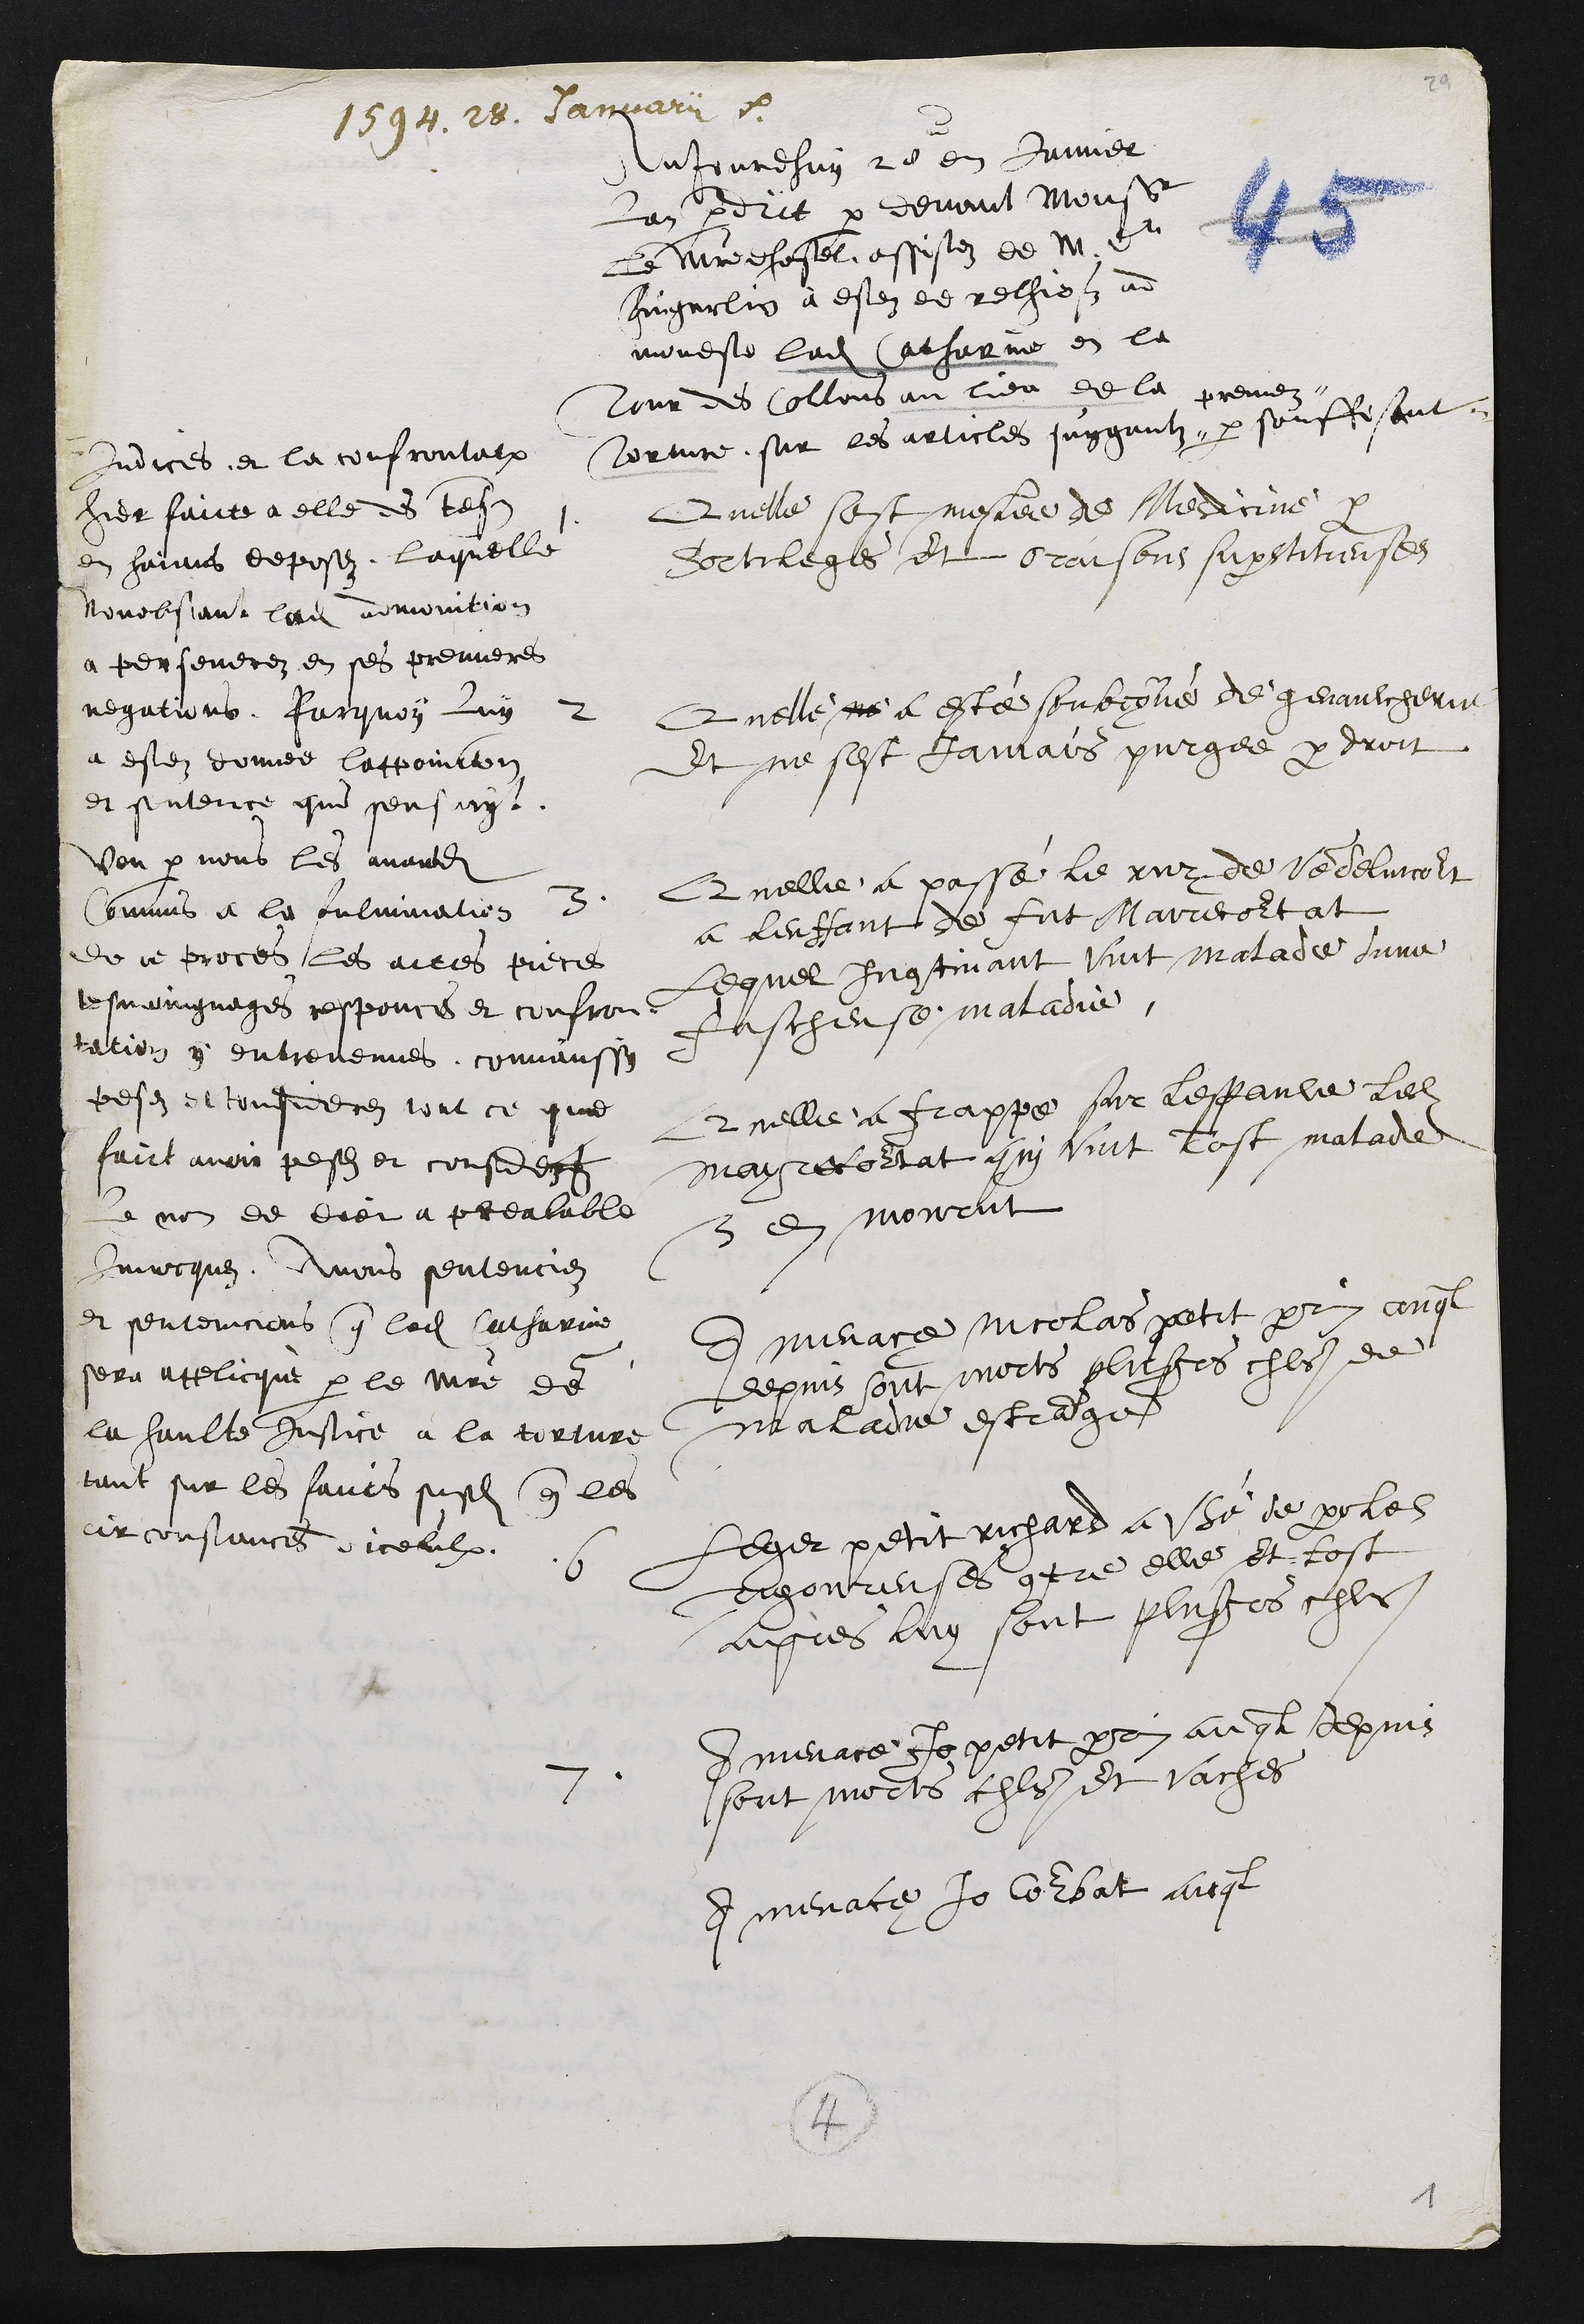
1594. 28. Januarii
Aujourdhuy 28 en Janvier
Lan predict par devant Monsieur
Le Maitre dhostel assistez de M. Dr
Fingerlin à estez de rechiefz ad
monesté ladite Catharine en la
Tour des Collons au lieu de la
torture sur les articles suygantz #
preuvez #
par souffisant
Indices et la confrontat
hier faicte a elle des tesmoins
en haians deposez, laquelle
nonobstant ladite amonition
a perseverez en ses premieres
negations. Parquoy luy
a estez donnee lappoinctement
et sentence qui sensuyt
Veu par nous les avandits
Commis a la fulmination
de ce proces les actes pieces
tesmoingnages responces et confron¬
tation y entrevenues commaussy
pesez et considerez tout ce que
faict avoir pesez et considerez
Le nom de dieu a prealable
Invocquez, Avons sentenciez
et sentencions que ladite Catharine
sera applicqué par le maistre de
la haulte justice à la torture
tant sur les faicts susdits que les
circonstances diceulx.
1
Quelle sest meslee de Medicine
Sortileges et oraisons superstitieuses
2
Quelle ne a esté soubçonné de genaulcherie
Et ne sest Jamais purgée par droit
3
Quelle a passé le ruz de Vendelincourt
a lenffant de fut Mairecourtat
Lequel Incontinant vint malade dune
fascheusse maladie
4
Quelle a frappe sur lespaule ledit
Mayrecourtat qui vint tost malade
& en mourut
5
A menace Nicolas petit perrin auql
depuis sont morts plusieurs chls de
maladie estrange
6
Leger petit richard a Usé de paroles
rigoureuses contre elle et tost
apres luy sont plusieurs chls
7
A menace Jo petit perrin auql depuis
sont morts chls et vaches
A menace Jo Corbat auql

4
1